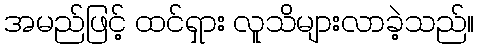
အမည်ဖြင့် ထင်ရှား လူသိများလာခဲ့သည်။